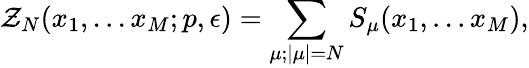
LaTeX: {\cal Z}_{N}(x_{1},...x_{M};p,\epsilon)=\sum_{\mu;|\mu|=N}S_{\mu}(x_{1},...x_{M}),